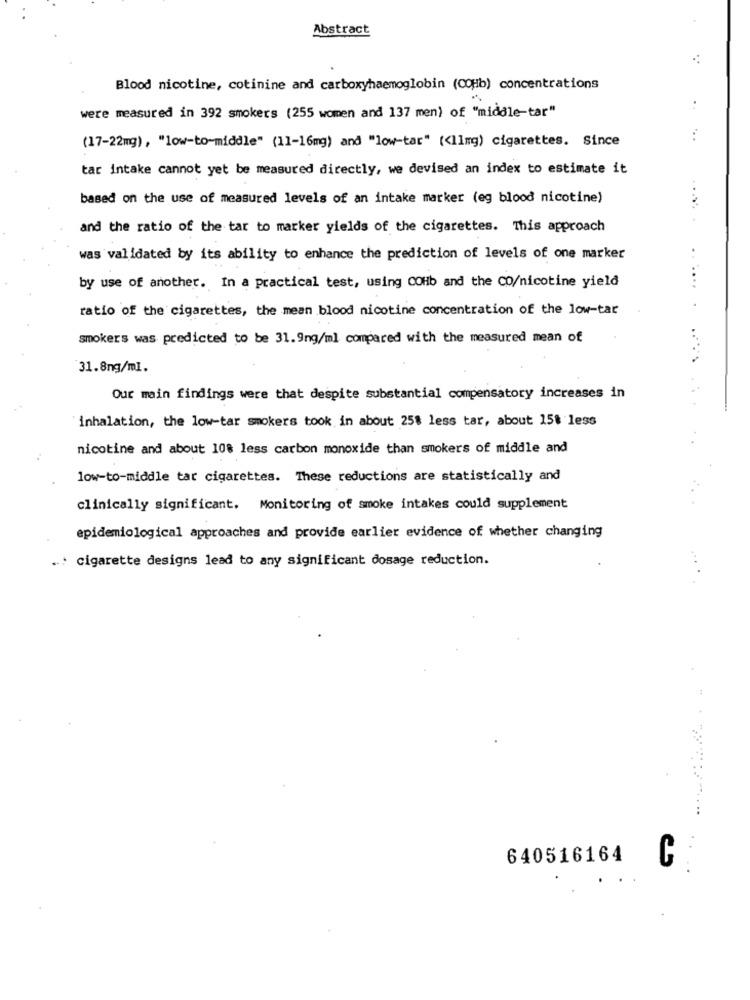
Abstract
..
Blood nicotine, cotinine and carboxyhaemoglobin (COHb) concentrations
were measured in 392 smokers (255 women and 137 men) of "middle-tar"
(17-22mg), "low-to-middle" (11-16mg) and "low-tar" (<1lng) cigarettes. Since
tar intake cannot yet be measured directly, we devised an index to estimate it
based on the use of measured levels of an intake marker (eg blood nicotine)
and the ratio of the tar to marker yields of the cigarettes. This approach
was validated by its ability to enhance the prediction of levels of one marker
by use of another. In a practical test, using COHb and the CO/nicotine yield
ratio of the cigarettes, the mean blood nicotine concentration of the low-tar
smokers was predicted to be 31.9ng/ml compared with the measured mean of
31.8ng/ml.
Our main findings were that despite substantial compensatory increases in
inhalation, the low-tar smokers took in about 25% less tar, about 15% less
nicotine and about 108 less carbon monoxide than smokers of middle and
low-to-middle tar cigarettes. These reductions are statistically and
clinically significant. Monitoring of smoke intakes could supplement
epidemiological approaches and provide earlier evidence of whether changing
.: cigarette designs lead to any significant dosage reduction.
640516164
C